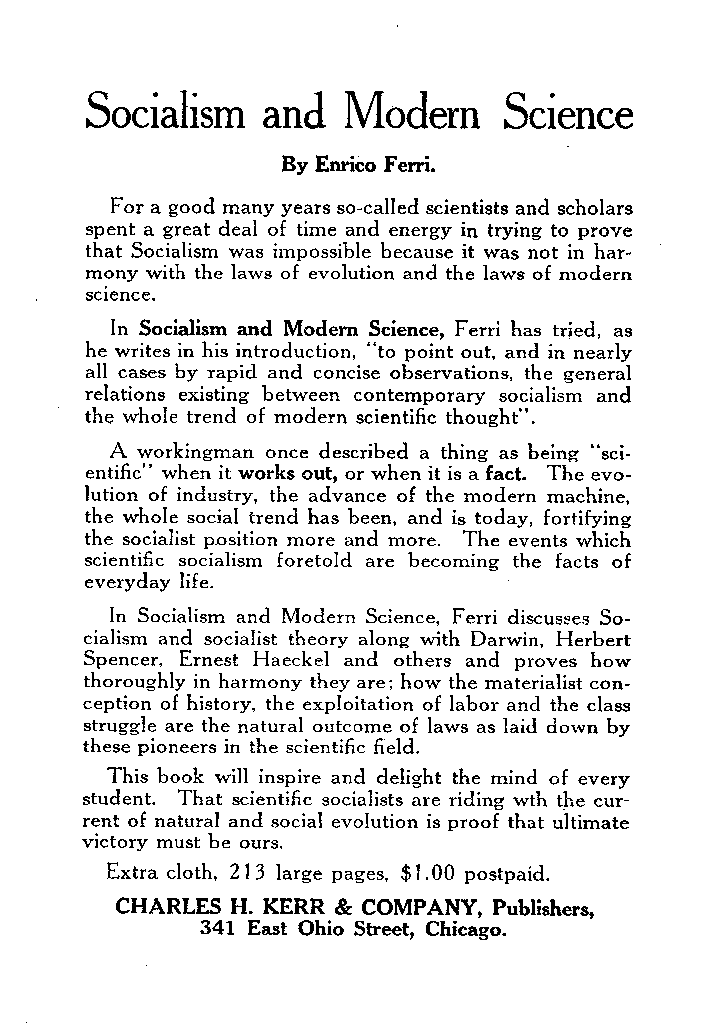
Socialism  and   Modern    Science
 By Enrico Fen-i.
 For a good many years so-called scientists and scholars
 spent a great deal of time and energy in trying to prove
 that Socialism was impossible because it was not in har-
 mony with the laws of evolution and the laws of modern
 science.
 In Socialism and Modem Science, Ferri has tried, as
 he writes in his introduction, “to point out, and in nearly
 all cases by rapid and concise observations, the general
 relations existing between contemporary socialism and
 the whole trend of modern scientific thought”.
 A workingman once described a thing as being “sci-
 entific” when it works out, or when it is a fact. The evo-
 lution of industry, the advance of the modern machine,
 the whole social trend has been, and is today, fortifying
 the socialist position more and more. The events which
 scientific socialism foretold are becoming the facts of
 everyday life.
 In Socialism and Modern Science, Ferri discusses So-
 cialism and socialist theory along with Darwin, Herbert
 Spencer, Ernest Haeckel and others and proves how
 thoroughly in harmony they are; how the materialist con-
 ception of history, the exploitation of labor and the class
 struggle are the natural outcome of laws as laid down by
 these pioneers in the scientific field.
 This book will inspire and delight the mind of every
 student. That scientific socialists are riding wth the cur-
 rent of natural and social evolution is proof that ultimate
 victory must be ours.
 Extra cloth, 2 13 large pages, $1 .OO postpaid.
 CHARLES H. KERR & COMPANY, Publishers,
 341 East Ohio Street, Chicago.